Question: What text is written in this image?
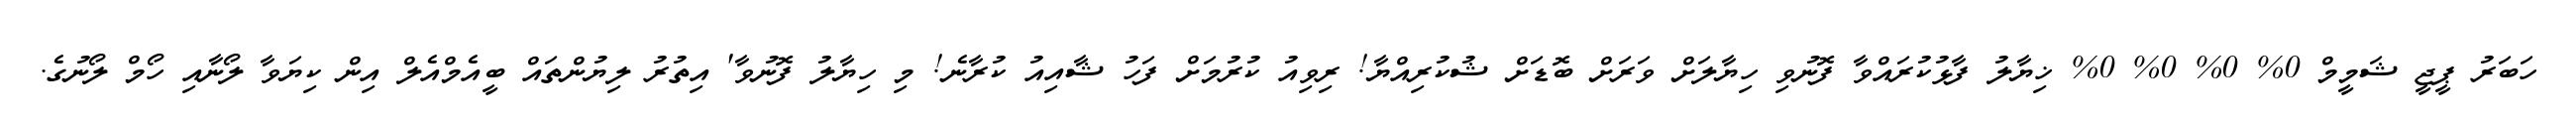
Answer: ހަބަރު ޕީޖީ ޝަމީމް 0% 0% 0% 0% ޚިޔާލު ފާޅުކުރައްވާ ފޮނުވި ހިޔާލަށް ވަރަށް ބޮޑަށް ޝުކުރިއްޔާ! ރިވިއު ކުރުމަށް ފަހު ޝާއިއު ކުރާނެ! މި ހިޔާލު ފޮނުވާ' އިތުރު ލިޔުންތައް ބީއެމްއެލް އިން ކިޔަވާ ލޯނާއި ހޯމް ލޯނުގެ.